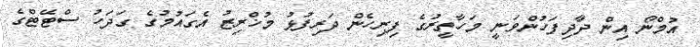
އުމްނޯ އިން ދާދިފަހުންވަނީ މަހާތީރުގެ ފިރިހެން ދަރިފުޅު މުޚްރިޒު އެގައުމުގެ ގަދަހު ސްޓޭޓްގެ